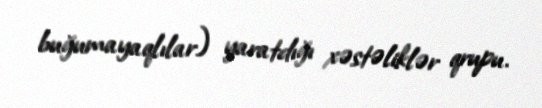
buğumayaqlılar) yaratdığı xəstəliklər qrupu.